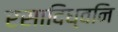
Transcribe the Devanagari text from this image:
रसादिध्वनि